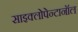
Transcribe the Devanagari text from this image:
साइक्लोपेन्टानॉल